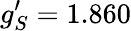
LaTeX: g_{S}^{\prime}=1.860